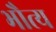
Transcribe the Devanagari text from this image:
भौत्य